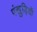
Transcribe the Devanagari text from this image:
पंखुड़ियॉ